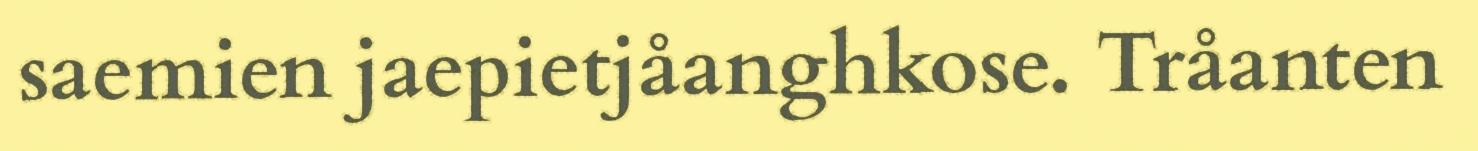
saemien jaepietjåanghkose. Tråanten